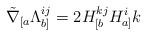
LaTeX: \begin{align*}\tilde{\nabla}_{[a} \Lambda_{b]}^{ij} = 2H_{[b}^{kj} H_{a]}^{i}{k}\end{align*}